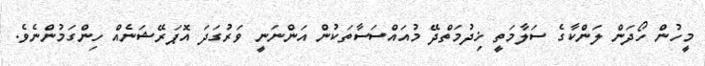
މީހުން ހޯދަން ލަންކާގެ ސަލާމަތީ ޚިދުމަތްދޭ މުއައްސަަސާތަކުން އަންނަނީ ވަރުގަދަ އޮޕަރޭޝަނެއް ހިންގަމުންނެވެ.